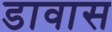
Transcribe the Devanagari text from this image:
डावास